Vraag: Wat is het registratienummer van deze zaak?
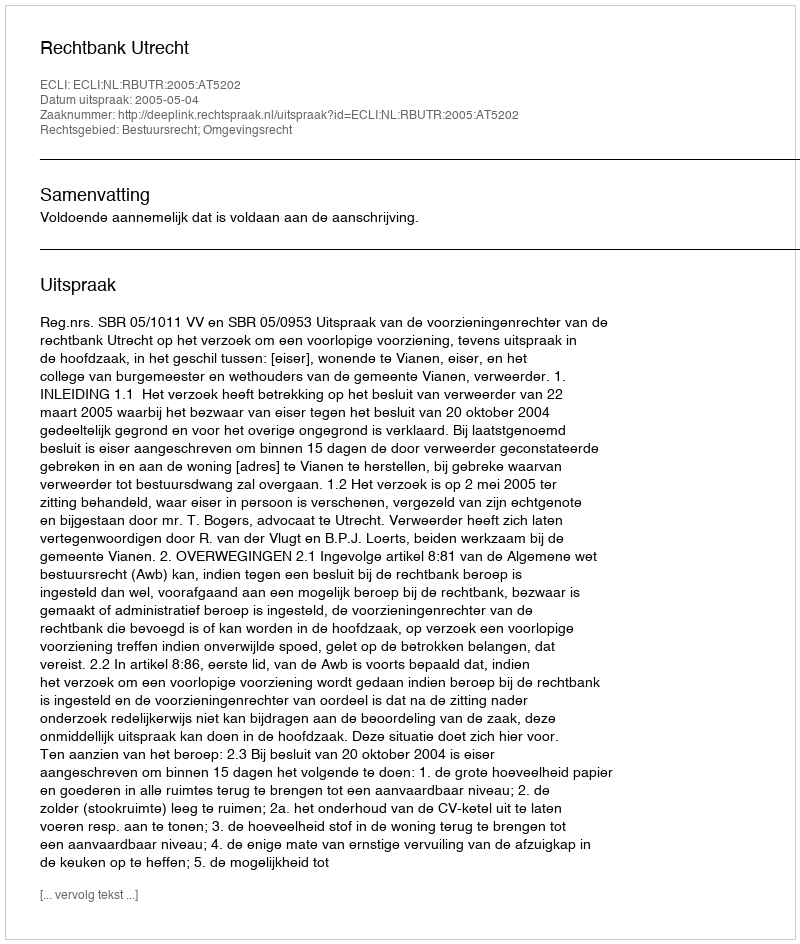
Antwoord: http://deeplink.rechtspraak.nl/uitspraak?id=ECLI:NL:RBUTR:2005:AT5202